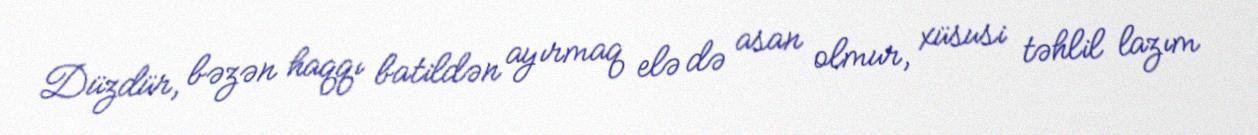
Düzdür, bəzən haqqı batildən ayırmaq elə də asan olmur, xüsusi təhlil lazım